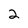
Character: 2